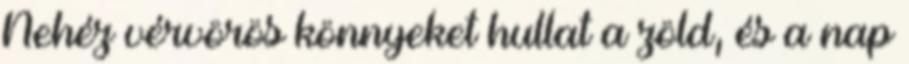
Nehéz vérvörös könnyeket hullat a zöld, és a nap